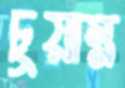
চুয়ান্ন